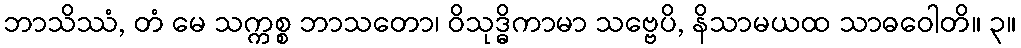
ဘာသိဿံ, တံ မေ သက္ကစ္စ ဘာသတော၊ ဝိသုဒ္ဓိကာမာ သဗ္ဗေပိ, နိသာမယထ သာဓဝေါတိ။ ၃။